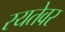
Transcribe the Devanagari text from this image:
रयतेवर